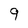
Character: 9